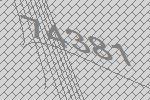
74381